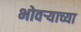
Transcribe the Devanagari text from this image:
भोवर्‍याच्या